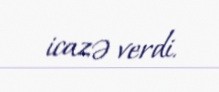
icazə verdi.